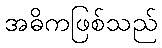
အဓိကဖြစ်သည်